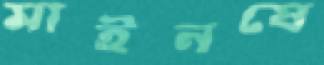
মাইনষে